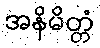
အနိမိတ္တံ